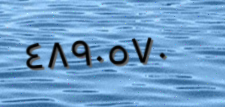
٤٨٩٠٥٧٠